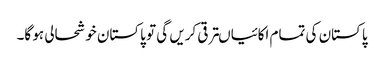
پاکستان کی تمام اکائیاںترقی کریں گی تو پاکستان خوشحالی ہو گا۔